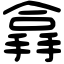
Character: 搻